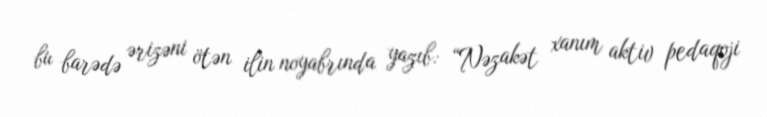
bu barədə ərizəni ötən ilin noyabrında yazıb: “Nəzakət xanım aktiv pedaqoji